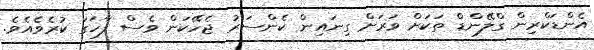
އެންޑަކްރިން ގްލޭންޑް ތަކަށް ވަރަށް ގިނައިން ކެންސަރު ޖެހޭކަން ވެސް ފާހަގަ ކުރެވެއެވެ.